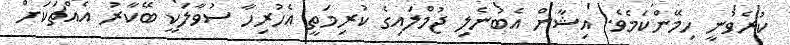
ކުރެވުނީ ހިމޭންކަމެވެ. އިޝާން އެބުނެލި ޖުމްލައިގެ ކުރިމަތީ އެހުރިހާ ސުވާލަކީ ބޭކާރު އެއްޗަކަށް